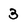
Character: 3